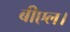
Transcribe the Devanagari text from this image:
बीएल।